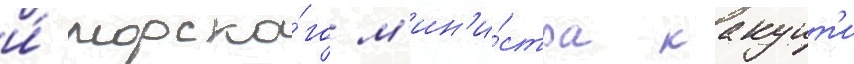
и́ морско́го м'ин'и́стра какуит'и